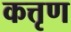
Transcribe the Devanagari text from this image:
कत्तृण